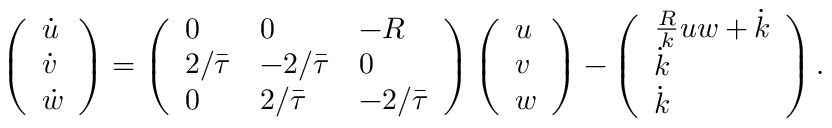
\left( \begin{array} { l } { \dot { u } } \\ { \dot { v } } \\ { \dot { w } } \end{array} \right) = \left( \begin{array} { l l l } { 0 } & { 0 } & { - R } \\ { 2 / \bar { \tau } } & { - 2 / \bar { \tau } } & { 0 } \\ { 0 } & { 2 / \bar { \tau } } & { - 2 / \bar { \tau } } \end{array} \right) \left( \begin{array} { l } { u } \\ { v } \\ { w } \end{array} \right) - \left( \begin{array} { l } { \frac { R } { k } u w + \dot { k } } \\ { \dot { k } } \\ { \dot { k } } \end{array} \right) .